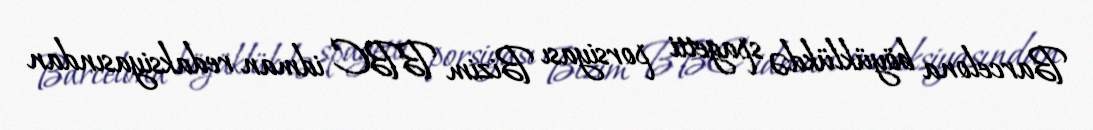
Barcelona böyüklükdə spagetti porsiyası Bizim BBC idman redaksiyasından